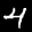
Label: 4